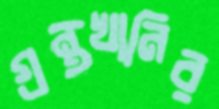
গ্রন্থখানির